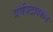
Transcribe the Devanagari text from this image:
वर्णपटावरून